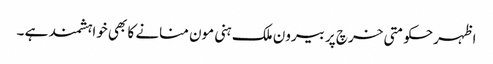
اظہرحکومتی خرچ پر بیرون ملک ہنی مون منانے کا بھی خواہشمند ہے ۔